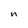
Character: n